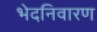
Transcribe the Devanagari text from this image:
भेदनिवारण